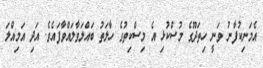
އެމަނިކުފާނު ވަނީ ހިތަދޫގެ މުސްކުޅި އެ މިސްކިތުގެ ހާލަތު ބައްލަވާލައްވާފައެވެ. އަދި އަމިއްލަ